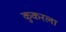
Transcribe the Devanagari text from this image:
कुकरला